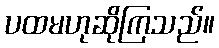
ပထမဟုဆိုကြသည်။